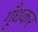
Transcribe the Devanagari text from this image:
गूँधकर